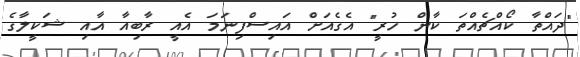
"ދައްތާ ކޯއްޗެއްތަ ކާން ހުރީ" އެގެއަށް އައިސްފިނަމަ އެއީ ރާބިއާ އާއި ޝަކީލާގެ